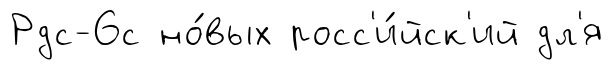
Рдс-6с но́вых росс'и́йск'ий дл'я